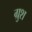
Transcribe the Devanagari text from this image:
ग्रुश